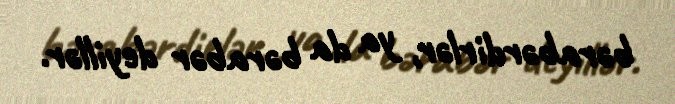
bərabərdirlər, ya da bərabər deyillər.